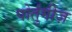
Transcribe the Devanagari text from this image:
पोर्तुगीज़